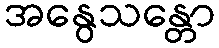
အနွေသန္တော